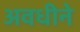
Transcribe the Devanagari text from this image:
अवधीने